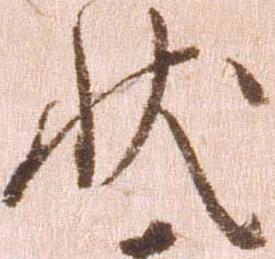
状